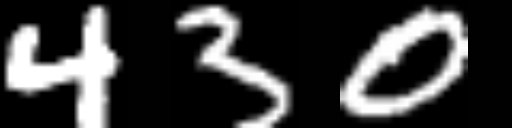
Text: 430